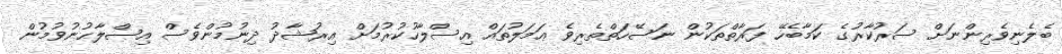
ބެލެނިވެރިންނަށް ސަރުކާރުގެ ކަމާބެހޭ ފަރާތްތަކުން ނަސޭހަތްތެރިވެ ޢަމަލުތައް އިސްލާހުކުރުމަށް އިރުޝާދު ދިނުމުންވެސް އިޞްލާޙުނުވުމުން